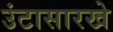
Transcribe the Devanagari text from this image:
उंटासारखे